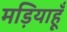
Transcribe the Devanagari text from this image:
मड़ियाहूँ